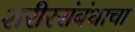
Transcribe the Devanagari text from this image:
शरीरसंबंधाचा